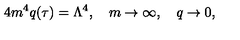
4 m ^ { 4 } q ( \tau ) = \Lambda ^ { 4 } , \quad m \rightarrow \infty , \quad q \rightarrow 0 ,